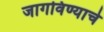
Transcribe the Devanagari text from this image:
जागविण्याचे